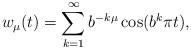
LaTeX: \begin{align*}w_\mu (t) = \sum_{k=1}^\infty b^{-k\mu} \cos(b^k \pi t),\end{align*}